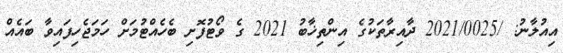
އިއުލާނު: /2021/0025 ދާއިރާތަކުގެ އިންތިޚާބު 2021 ގެ ވޯޓުފޮށި ބެހެއްޓުމަށް ހަމަޖެހިފައިވާ ބައެއް